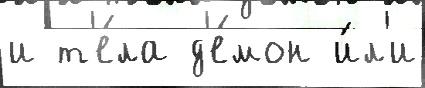
и т'е́ла д'е́мон и́л'и